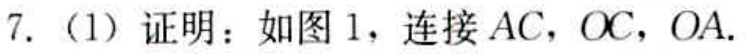
7.（1）证明：如图1，连接 \(AC\)，\(OC\)，\(OA\).